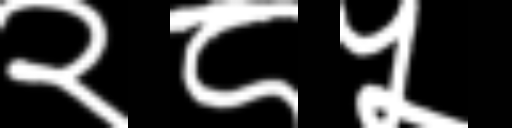
Text: २८५